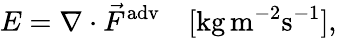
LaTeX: E=\nabla\cdot\vec{F}^{\mathrm{adv}}\quad[\mathrm{kg}\, \mathrm{m}^{-2}\mathrm{s}^{-1}],